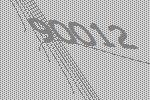
90012